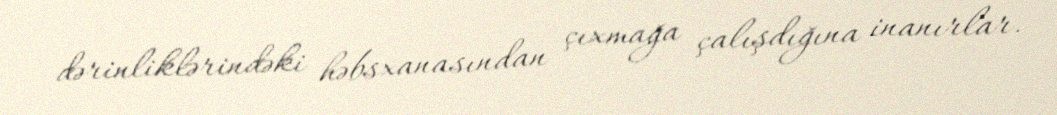
dərinliklərindəki həbsxanasından çıxmağa çalışdığına inanırlar.